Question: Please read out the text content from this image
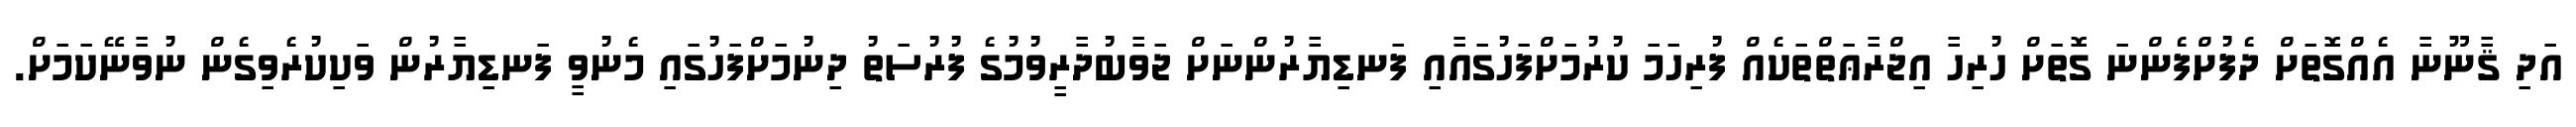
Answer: އަދި ޤާނޫނާ އެއްގޮތަށް ދެފުށްފެންނަ ގޮތަށް ހުރިހާ އިޖްރާޢަތްތަކެއް ފުރިހަމަ ކުރުމަށްފަހުގައާއި ފަނޑިޔާރުންނަށް ޖަވާބުދާރީވުމުގެ ފުރުސަތު ދިނުމަށްފަހުގައި މެނުވީ ފަނޑިޔާރުން ވަކިކުރެވިގެން ނުވާނޭކަމަށް.